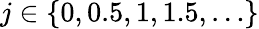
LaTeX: j\in\{ 0,0.5,1,1.5,\ldots\}